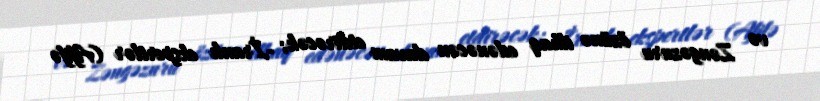
və Zəngəzuru özünə ilhaq edənəcən davam etdirəcək; -İranlı ekspertlər (Afifə